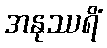
အနုဿရိံ